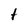
Character: t